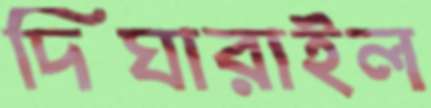
দিঘারাইল